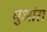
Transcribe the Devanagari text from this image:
धुआंरा